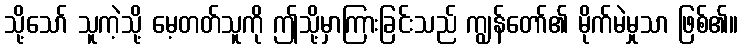
သို့သော် သူကဲ့သို့ မေ့တတ်သူကို ဤသို့မှာကြားခြင်းသည် ကျွန်တော်၏ မိုက်မဲမှုသာ ဖြစ်၏။